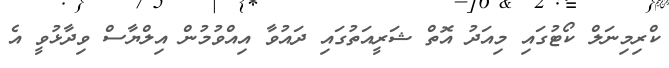
ކްރިމިނަލް ކޯޓުގައި މިއަދު އޮތް ޝަރީއަތުގައި ދައުވާ އިއްވުމުން އިލްޔާސް ވިދާޅުވީ އެ